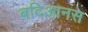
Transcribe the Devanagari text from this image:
बदिआनस